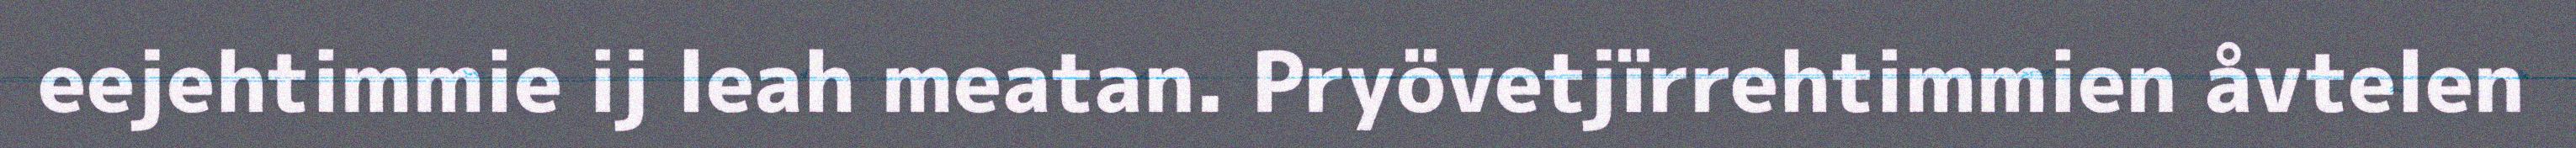
eejehtimmie ij leah meatan. Pryövetjïrrehtimmien åvtelen